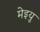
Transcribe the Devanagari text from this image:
मेइयु